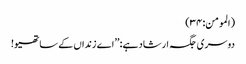
(المومن:۳۴)
دوسری جگہ ارشاد ہے: ’’اے زنداں کے ساتھیو!